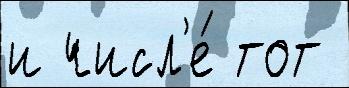
и числ'е́ тот